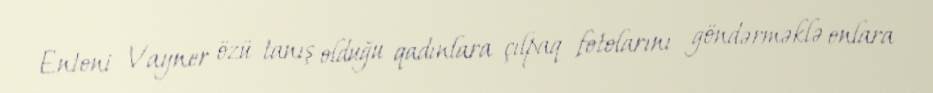
Entoni Vayner özü tanış olduğu qadınlara çılpaq fotolarını göndərməklə onlara